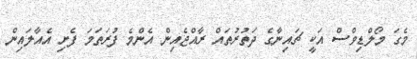
މެގަ މޯލްޑިވްސް އަކީ ޗައިނާގެ ދަތުރުތައް ރާއްޖެއިން އެންމެ ފުރަތަމަ ފެށި އެއާލައިން